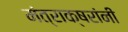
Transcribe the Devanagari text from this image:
मंत्राक्षरांनी